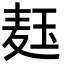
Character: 𬍞